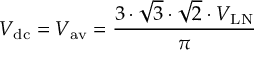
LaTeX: V _ { \mathrm { d c } } = V _ { \mathrm { a v } } = { \frac { 3 \cdot { \sqrt { 3 } } \cdot { \sqrt { 2 } } \cdot V _ { \mathrm { L N } } } { \pi } }